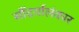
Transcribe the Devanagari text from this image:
सौंदर्यालंकार